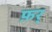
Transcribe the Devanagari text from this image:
फ़र्